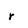
Character: r